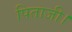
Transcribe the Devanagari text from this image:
पिताजी।